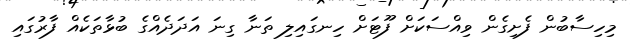
މިހިސާބުން ފެށިގެން ވިއްސަކަށް ފޫޓަށް ހިނގައިލި ތަނާ ގިނަ އަދަދެއްގެ ބުޅާތަކެއް ފާރުގައި